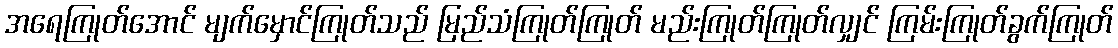
အရေကြုတ်အောင် မျက်မှောင်ကြုတ်သည် မြည်သံကြုတ်ကြုတ် မည်းကြုတ်ကြုတ်လျှင် ကြမ်းကြုတ်ခွက်ကြုတ်